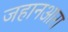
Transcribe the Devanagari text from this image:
जहानआरा